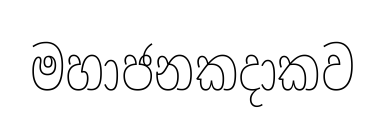
මහාජනකදාකව